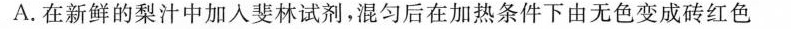
A.在新鲜的梨汁中加入斐林试剂，混匀后在加热条件下由无色变成砖红色